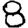
Digit: 8